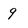
Character: 9